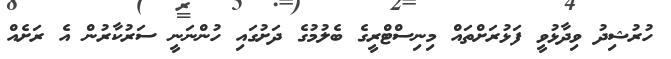
ހުރުޝިދު ވިދާޅުވީ ފަޅުރަށްތައް މިިނިސްޓްރީގެ ބެލުމުގެ ދަށުގައި ހުންނަނީ ސަރުކާރުން އެ ރަށެއް